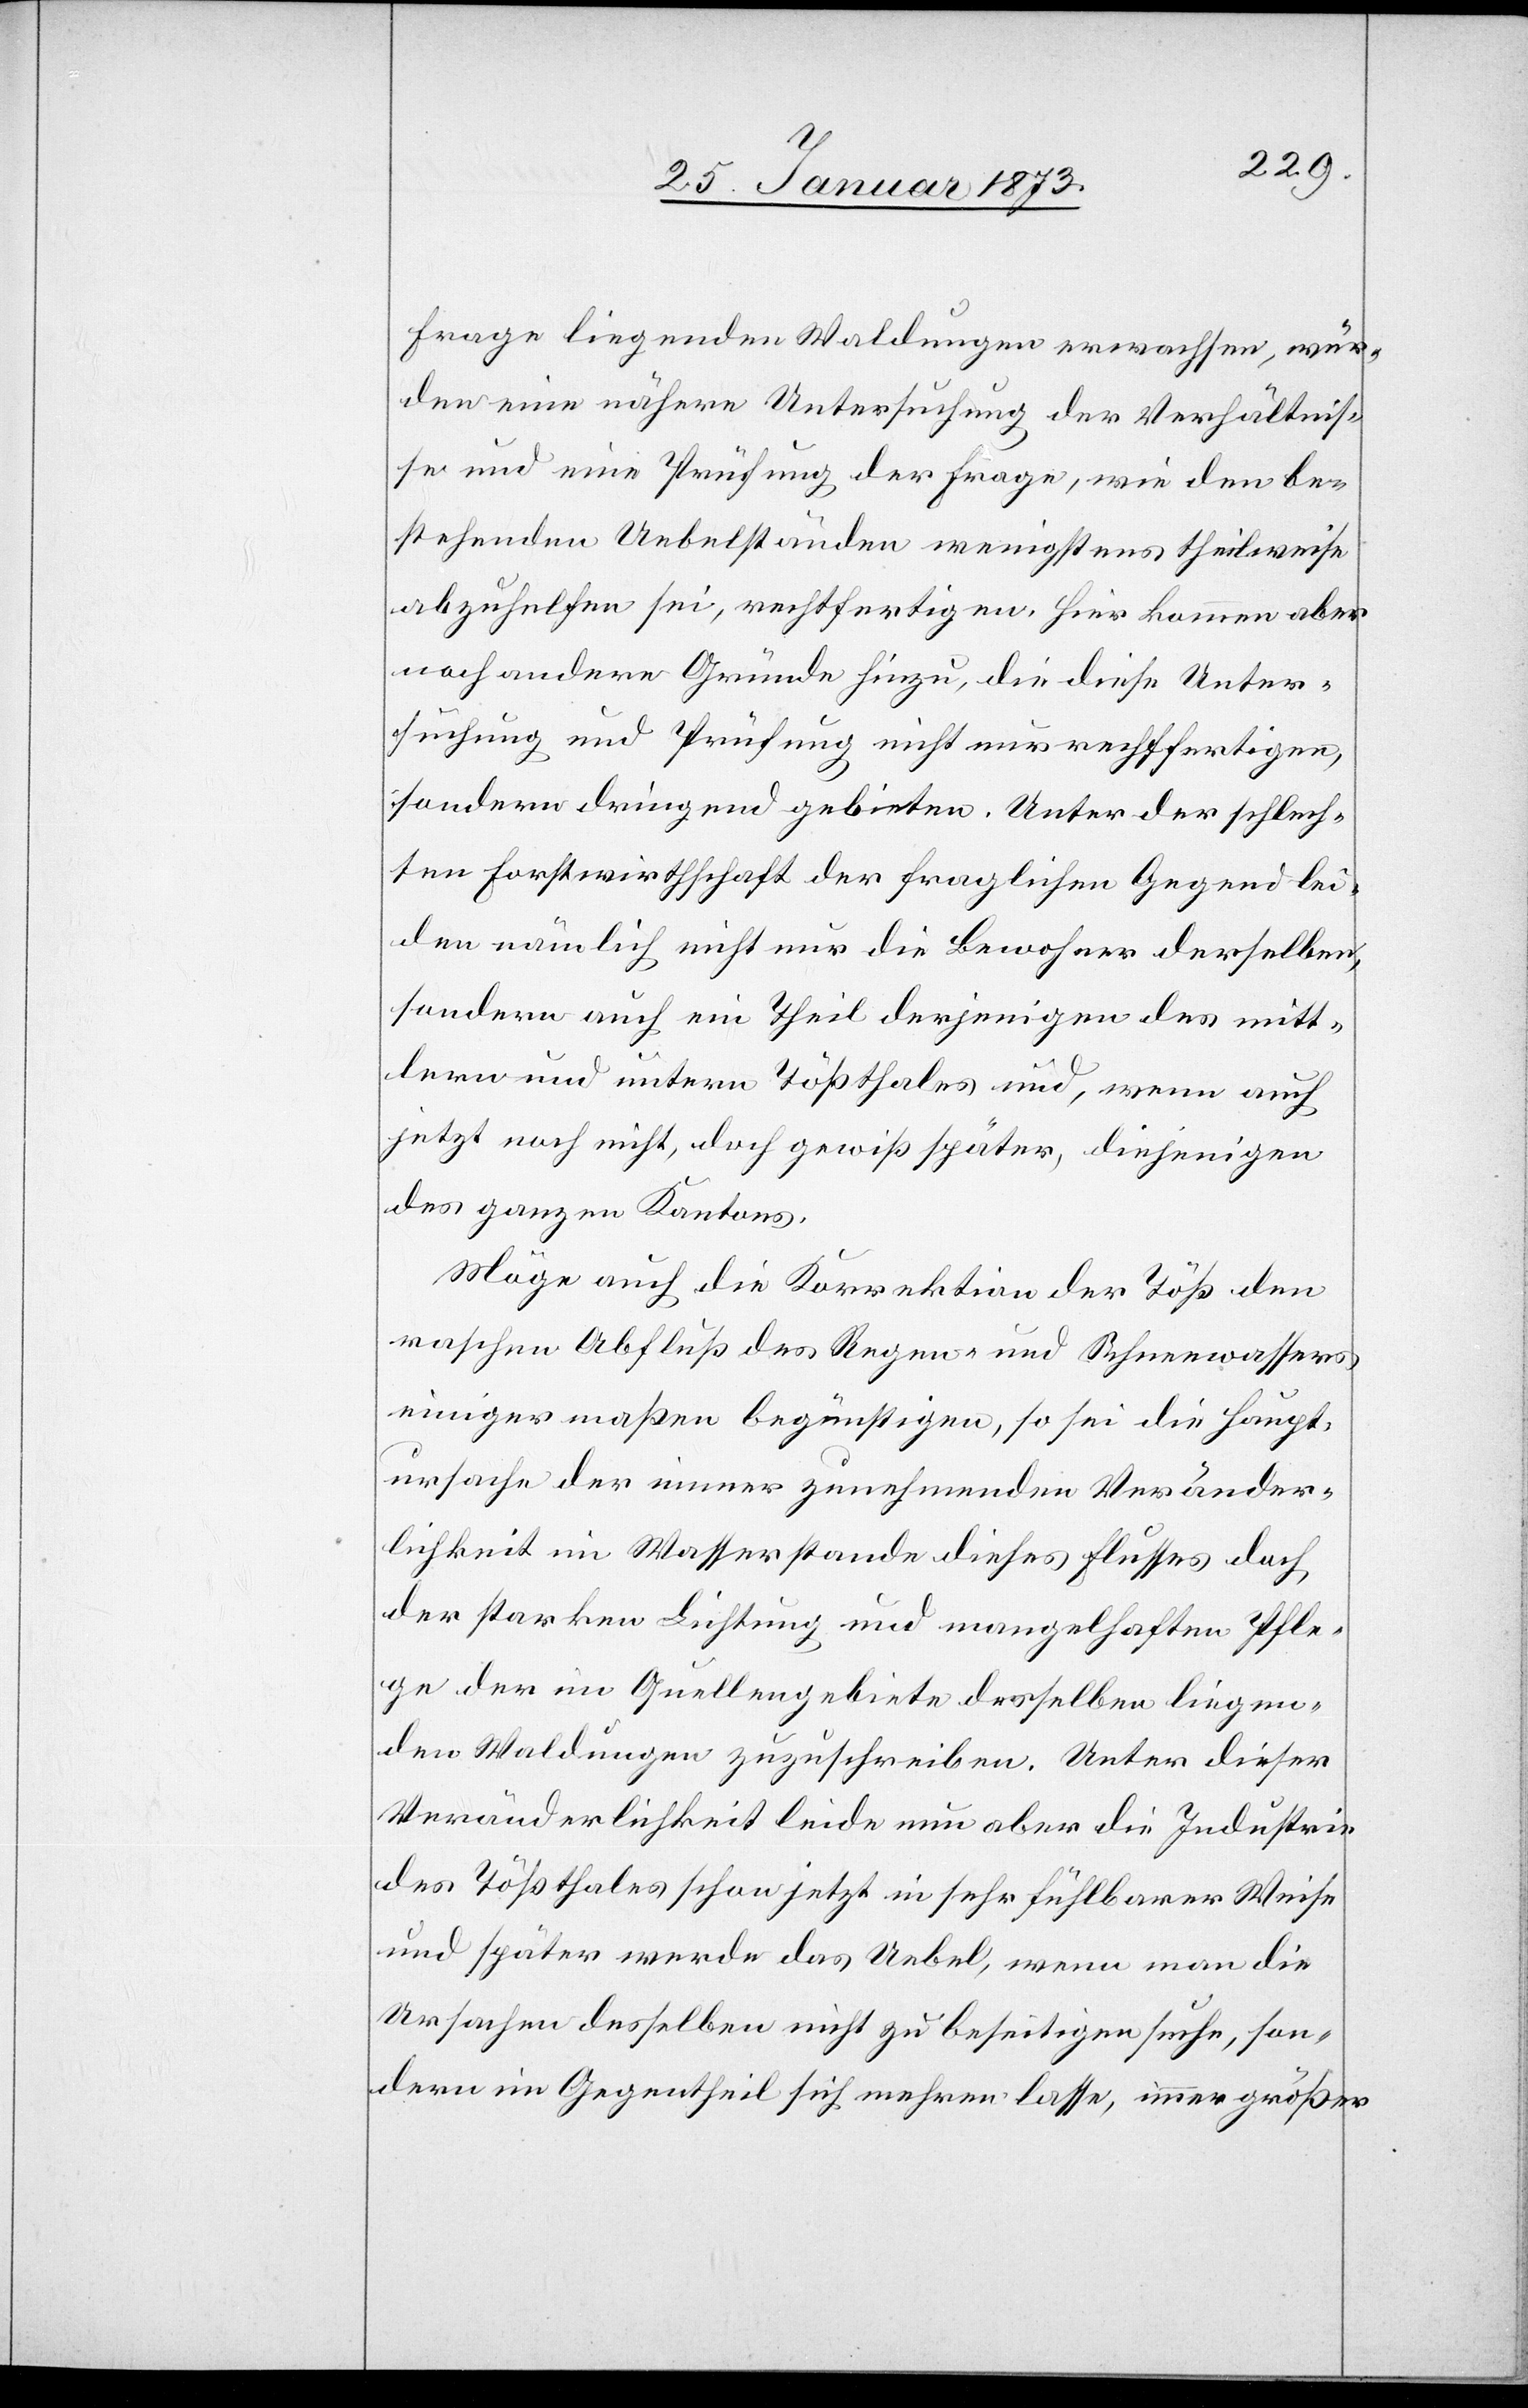
Frage liegenden Waldungen erwachsen, wür¬
den eine nähere Untersuchung der Verhältnis¬
se und eine Prüfung der Frage, wie den be¬
stehenden Uebelständen wenigstens theilweise
abzuhelfen sei, rechtfertigen. Hier kommen aber
noch andere Gründe hinzu, die diese Unter¬
suchung und Prüfung nicht nur rechtfertigen,
sondern dringend gebieten. Unter der schlech¬
ten Forstwirthschaft der fraglichen Gegend lei¬
den nämlich nicht nur die Bewohner derselben,
sondern auch ein Theil derjenigen des mitt¬
lern und untern Tößthales und, wenn auch
jetzt noch nicht, doch gewiß später, diejenigen
des ganzen Kantons.
Möge auch die Korrektion der Töß den
raschen Abfluß des Regens und Schneewassers
einigermaßen begünstigen, so sei die Haupt¬
ursache der immer zunehmenden Veränder¬
lichkeit im Wasserstande dieses Flusses doch
der starken Lichtung und mangelhaften Pfle¬
ge der im Quellengebiete desselben liegen¬
den Waldungen zuzuschreiben. Unter dieser
Veränderlichkeit leide nun aber die Industrie
des Tößthales schon jetzt in sehr fühlbarer Weise
und später werde das Uebel, wenn man die
Ursachen desselben nicht beseitigen suche, son¬
dern im Gegentheil sich mehren lasse, immer größer